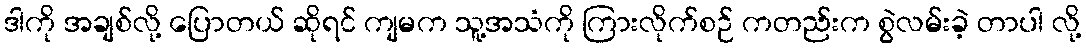
ဒါကို အချစ်လို့ ပြောတယ် ဆိုရင် ကျမက သူ့အသံကို ကြားလိုက်စဉ် ကတည်းက စွဲလမ်းခဲ့ တာပါ လို့